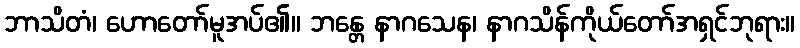
ဘာသိတံ၊ ဟောတော်မူအပ်၏။ ဘန္တေ နာဂသေန၊ နာဂသိန်ကိုယ်တော်အရှင်ဘုရား။